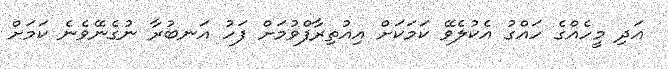
އަދި މީހެއްގެ ހައްގު އެކުލެވޭ ކަމަކަށް އިއުތިރާފްވުމަށް ފަހު އަނބުރާ ނުގެނޭވެނެ ކަމަށް